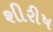
શીરીષ